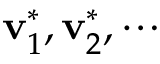
\mathbf { v } _ { 1 } ^ { * } , \mathbf { v } _ { 2 } ^ { * } , \cdots